Civil Veterinary Dept. Assam report 1927-50 - 1927-1950
Year: 1927
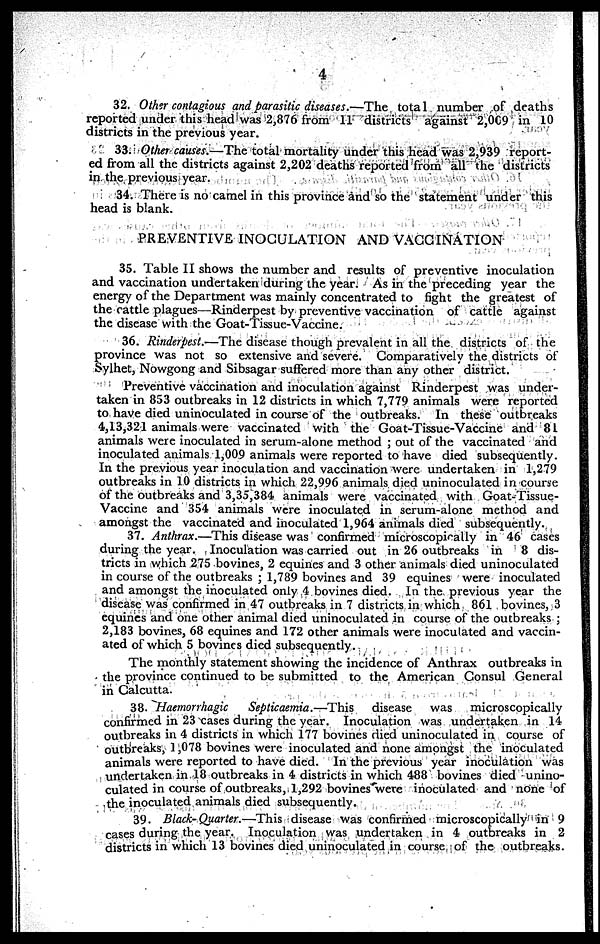
4
32. Other contagious and parasitic diseases.—The total number of deaths
reported under this head was 2,876 from 11 districts against 2,009 in 10
districts in the previous year.
33. Other causes.—The total mortality under this head was 2,939 report-
ed from all the districts against 2,202 deaths reported from all the districts
in the previous year.
34. There is no camel in this province and so the statement under this
head is blank.
PREVENTIVE INOCULATION AND VACCINATION
35. Table II shows the number and results of preventive inoculation
and vaccination undertaken during the year. As in the preceding year the
energy of the Department was mainly concentrated to fight the greatest of
the cattle plagues—Rinderpest by preventive vaccination of cattle against
the disease with the Goat-Tissue-Vaccine.
36. Rinderpest.—The disease though prevalent in all the districts of the
province was not so extensive and severe. Comparatively the districts of
Sylhet, Nowgong and Sibsagar suffered more than any other district.
Preventive vaccination and inoculation against Rinderpest was under-
taken in 853 outbreaks in 12 districts in which 7,779 animals were reported
to have died uninoculated in course of the outbreaks. In these outbreaks
4,13,321 animals were vaccinated with the Goat-Tissue-Vaccine and 81
animals were inoculated in serum-alone method ; out of the vaccinated and
inoculated animals 1,009 animals were reported to have died subsequently.
In the previous year inoculation and vaccination were undertaken in 1,279
outbreaks in 10 districts in which 22,996 animals died uninoculated in course
of the outbreaks and 3,35,384 animals were vaccinated with Goat-Tissue-
Vaccine and 354 animals were inoculated in serum-alone method and
amongst the vaccinated and inoculated 1,964 animals died subsequently.
37. Anthrax.—This disease was confirmed microscopically in 46 cases
during the year. Inoculation was carried out in 26 outbreaks in 8 dis-
tricts in which 275 bovines, 2 equines and 3 other animals died uninoculated
in course of the outbreaks ; 1,789 bovines and 39 equines were inoculated
and amongst the inoculated only 4 bovines died. In the previous year the
disease was confirmed in 47 outbreaks in 7 districts in which 861 bovines, 3
equines and one other animal died uninoculated in course of the outbreaks ;
2,183 bovines, 68 equines and 172 other animals were inoculated and vaccin-
ated of which 5 bovines died subsequently.
The monthly statement showing the incidence of Anthrax outbreaks in
the province continued to be submitted to the American Consul General
in Calcutta.
38. Haemorrhagic Septicaemia.—This disease was
microscopically
confirmed in 23 cases during the year. Inoculation was undertaken in 14
outbreaks in 4 districts in which 177 bovines died uninoculated in course of
outbreaks, 1,078 bovines were inoculated and none amongst the inoculated
animals were reported to have died. In the previous year inoculation was
undertaken in 18 outbreaks in 4 districts in which 488 bovines died unino-
culated in course of outbreaks, 1,292 bovines were inoculated and none of
the inoculated animals died subsequently.
39. Black-Quarter.—This disease was confirmed microscopically in 9
cases during the year. Inoculation was undertaken in 4 outbreaks in 2
districts in which 13 bovines died uninoculated in course of the outbreaks.